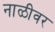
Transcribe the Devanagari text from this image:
नाळीवर